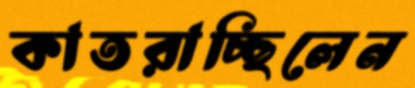
কাতরাচ্ছিলেন